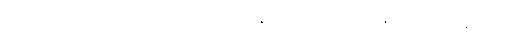
လာဘီ၊ ရသည်။ ဟောတိ၊ ဖြစ်သနည်း။ အဓိပညာဓမ္မဝိပဿနာယ၊